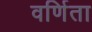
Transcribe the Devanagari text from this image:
वर्णिता